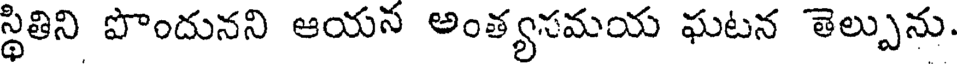
స్థితిని పొందునని ఆయన అంత్యసమయ ఘటన తెల్పును.